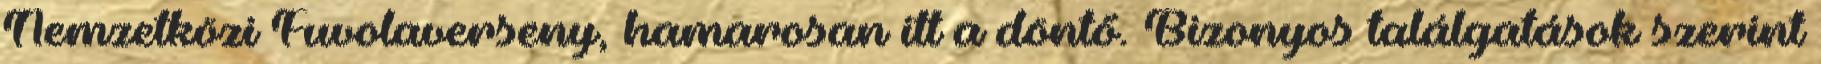
Nemzetközi Fuvolaverseny, hamarosan itt a döntő. Bizonyos találgatások szerint